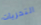
التحريات